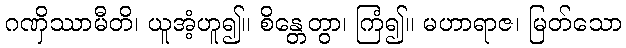
ဂဏှိဿာမီတိ၊ ယူအံ့ဟူ၍။ စိန္တေတွာ၊ ကြံ၍။ မဟာရာဇ၊ မြတ်သော